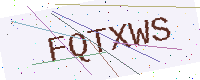
Text: FQTXWS